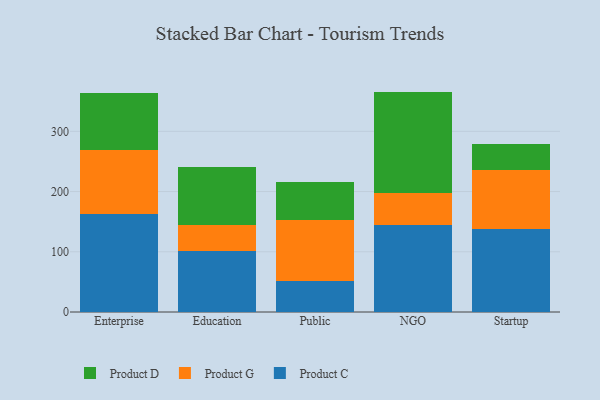
{"axis": {"x": "Segment", "y": "Gross Profit (USD K)"}, "legend": ["Product C", "Product D", "Product G"], "data": [{"x": "Enterprise", "y": 163.2, "type": "Product C"}, {"x": "Enterprise", "y": 106.6, "type": "Product G"}, {"x": "Enterprise", "y": 94.0, "type": "Product D"}, {"x": "Education", "y": 102.1, "type": "Product C"}, {"x": "Education", "y": 42.1, "type": "Product G"}, {"x": "Education", "y": 97.3, "type": "Product D"}, {"x": "Public", "y": 51.5, "type": "Product C"}, {"x": "Public", "y": 101.8, "type": "Product G"}, {"x": "Public", "y": 62.8, "type": "Product D"}, {"x": "NGO", "y": 143.7, "type": "Product C"}, {"x": "NGO", "y": 53.8, "type": "Product G"}, {"x": "NGO", "y": 168.5, "type": "Product D"}, {"x": "Startup", "y": 138.2, "type": "Product C"}, {"x": "Startup", "y": 97.8, "type": "Product G"}, {"x": "Startup", "y": 43.0, "type": "Product D"}]}